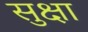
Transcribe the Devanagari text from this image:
सुक्षा